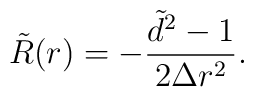
\tilde{R}(r)=-\frac{\tilde{d}^2-1}{2\Delta r^2}.